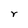
Character: r